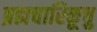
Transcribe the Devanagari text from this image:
ब्रह्मचारिकूत्तु